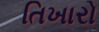
તિખારો